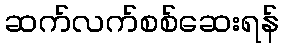
ဆက်လက်စစ်ဆေးရန်